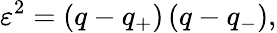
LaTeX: \varepsilon^{2}=\left(q-q_{+}\right)\left(q-q_{-}\right),